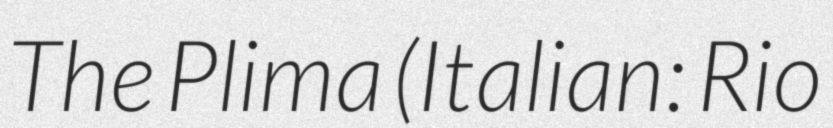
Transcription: The Plima (Italian: Rio